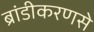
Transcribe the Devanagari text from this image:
ब्रांडीकरणसे